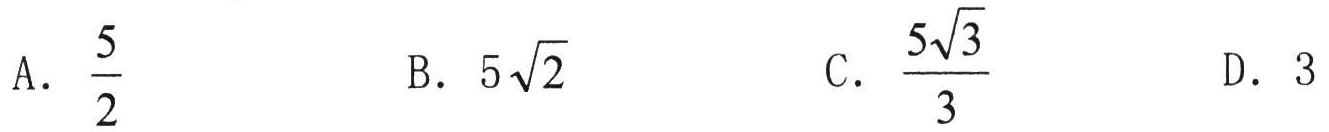
A. \(\frac{5}{2}\)  \(\qquad\) B. \(5\sqrt{2}\)  \(\qquad\) C. \(\frac{5\sqrt{3}}{3}\)  \(\qquad\) D. \(3\)